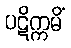
ပဋိက္ကမိံ